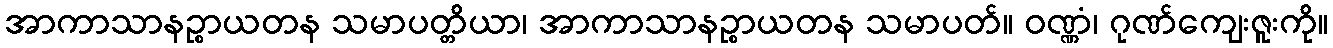
အာကာသာနဉ္စာယတန သမာပတ္တိယာ၊ အာကာသာနဉ္စာယတန သမာပတ်။ ဝဏ္ဏံ၊ ဂုဏ်ကျေးဇူးကို။